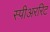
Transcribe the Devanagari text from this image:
स्पीअररिट